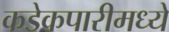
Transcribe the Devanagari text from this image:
कडेकपारीमध्ये